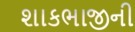
શાકભાજીની